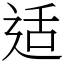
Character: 适